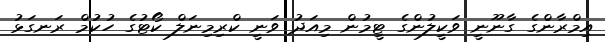
އިމްރާންގެ ގާނޫނީ ވަކީލުންގެ ޓީމުން މިއަދު ވަނީ ކްރިމިނަލް ކޯޓުގެ ހުކުމް ރަނގަޅު